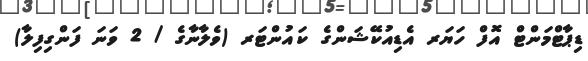
ޑިޕާޓްމަންޓް އޮފް ހަޔަރ އެޑިއުކޭޝަންގެ ކައުންޓަރ (ވެލާނާގެ / 2 ވަނަ ފަންގިފިލާ)